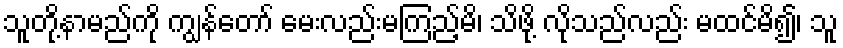
သူတို့နာမည်ကို ကျွန်တော် မေးလည်းမကြည့်မိ၊ သိဖို့ လိုသည်လည်း မထင်မိ၍၊ သူ